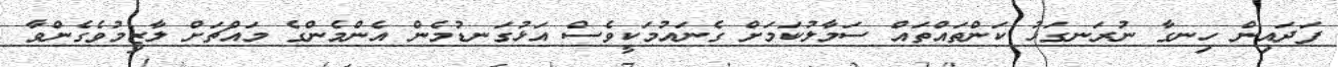
ފަދައިން ހިނގާ ނުރަނގަޅު ކަންތައްތައް ސަމާލުކަމަށް ގެނައުމަކީވެސް އަޅުގަނޑުމެން އެންމެންގެ މައްޗަށް ލާޒިމުވެގެންވާ